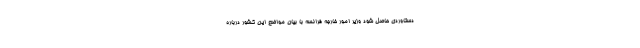
دستاوردی حاصل شود وزیر امور خارجه فرانسه با بیان مواضع این کشور درباره